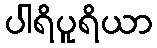
ပါရိပူရိယာ